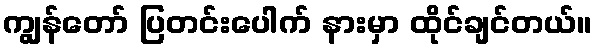
ကျွန်တော် ပြတင်းပေါက် နားမှာ ထိုင်ချင်တယ်။